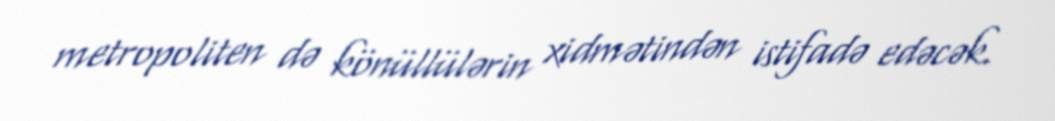
metropoliten də könüllülərin xidmətindən istifadə edəcək.